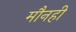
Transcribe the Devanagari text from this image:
मौनही